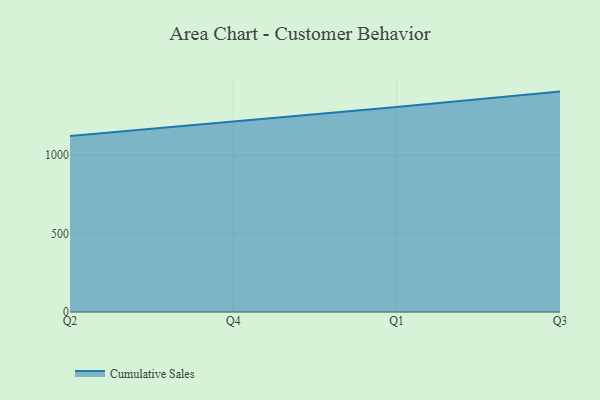
{"axis": {"x": "Quarter", "y": "Shipments"}, "legend": ["Cumulative Sales"], "data": [{"x": "Q2", "y": 1122.3, "type": "Cumulative Sales"}, {"x": "Q4", "y": 1215.5, "type": "Cumulative Sales"}, {"x": "Q1", "y": 1307.8, "type": "Cumulative Sales"}, {"x": "Q3", "y": 1406.0, "type": "Cumulative Sales"}]}